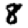
Digit: 8